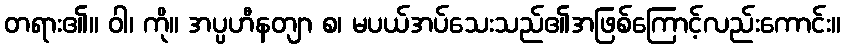
တရား၏။ ဝါ၊ ကို။ အပ္ပဟီနတျာ စ၊ မပယ်အပ်သေးသည်၏အဖြစ်ကြောင့်လည်းကောင်း။